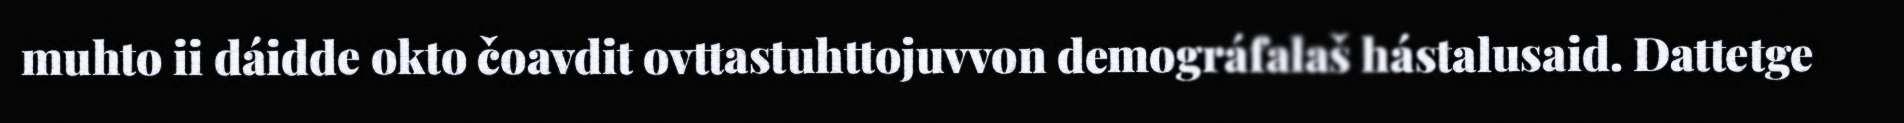
muhto ii dáidde okto čoavdit ovttastuhttojuvvon demográfalaš hástalusaid. Dattetge